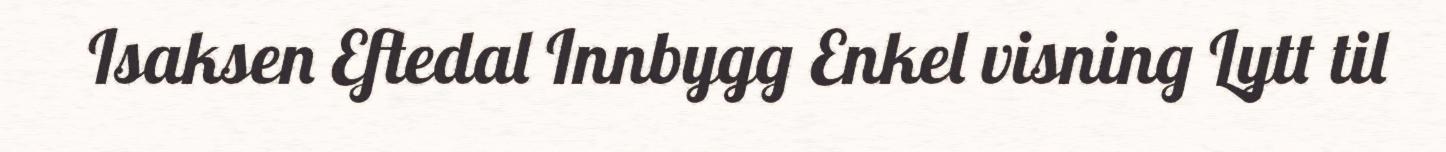
Isaksen Eftedal Innbygg Enkel visning Lytt til